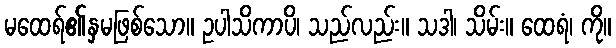
မထေရ်၏နှမဖြစ်သော။ ဥပါသိကာပိ၊ သည်လည်း။ သဒါ၊ သိမ်း။ ထေရံ၊ ကို။